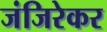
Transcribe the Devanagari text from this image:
जंजिरेकर